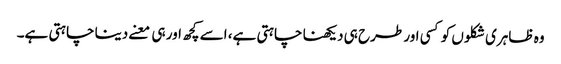
وہ ظاہری شکلوں کو کسی اور طرح ہی دیکھنا چاہتی ہے، اسے کچھ اور ہی معنے دینا چاہتی ہے۔